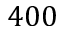
4 0 0